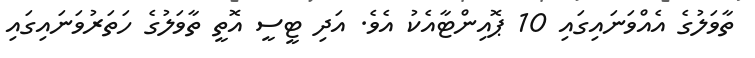
ތާވަލުގެ އެއްވަނައިގައި 10 ޕޮއިންޓާއެކު އެވެ. އަދި ޓީސީ އޮތީ ތާވަލުގެ ހަތަރުވަނައިގައި